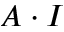
A \cdot I